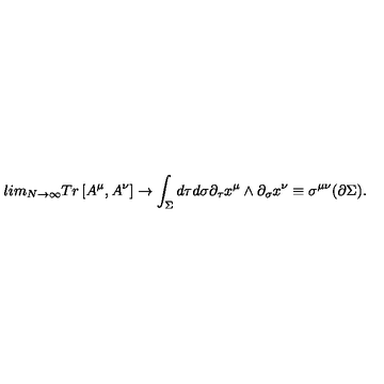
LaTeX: l i m _ { N \rightarrow \infty } T r \left[ A ^ { \mu } , A ^ { \nu } \right] \rightarrow \int _ { \Sigma } d \tau d \sigma \partial _ { \tau } x ^ { \mu } \wedge \partial _ { \sigma } x ^ { \nu } \equiv \sigma ^ { \mu \nu } ( \partial \Sigma ) .